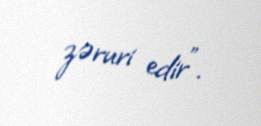
zəruri edir”.